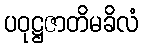
ပဝုဋ္ဌဇာတိမခိလံ